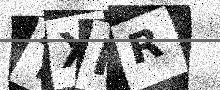
Text: TXFR